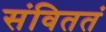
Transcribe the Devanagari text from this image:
संविततं